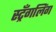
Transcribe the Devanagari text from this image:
स्ट्रँगलिंग